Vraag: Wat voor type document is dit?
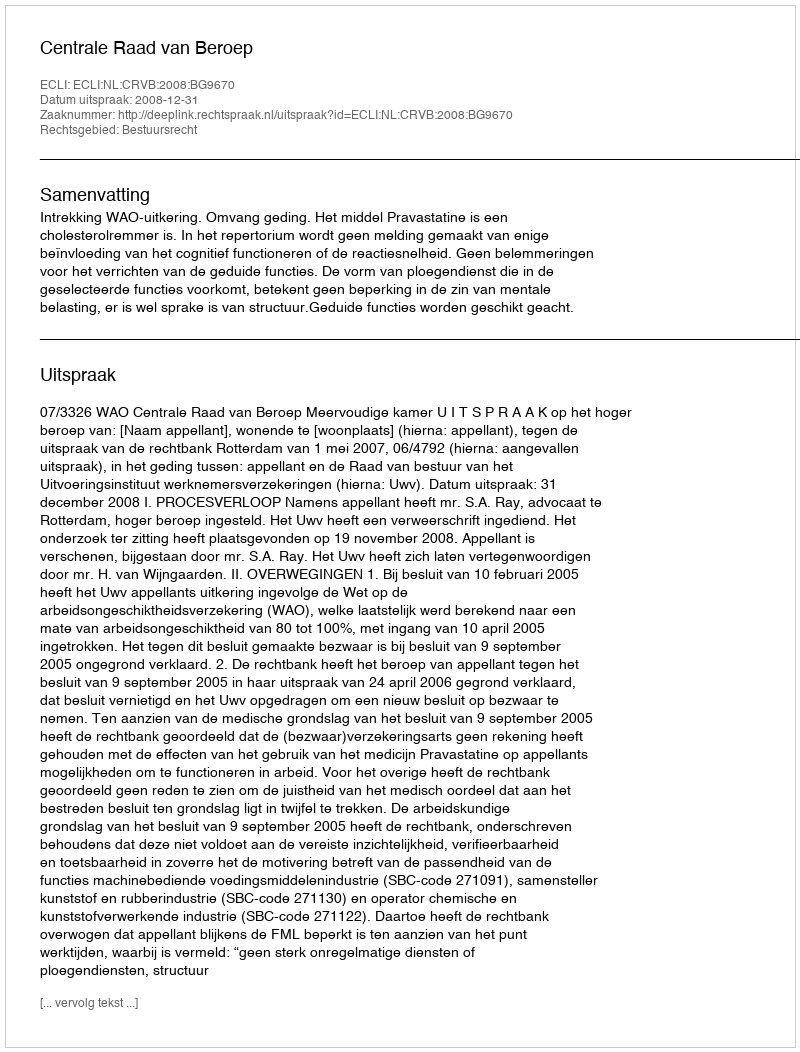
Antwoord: Uitspraak